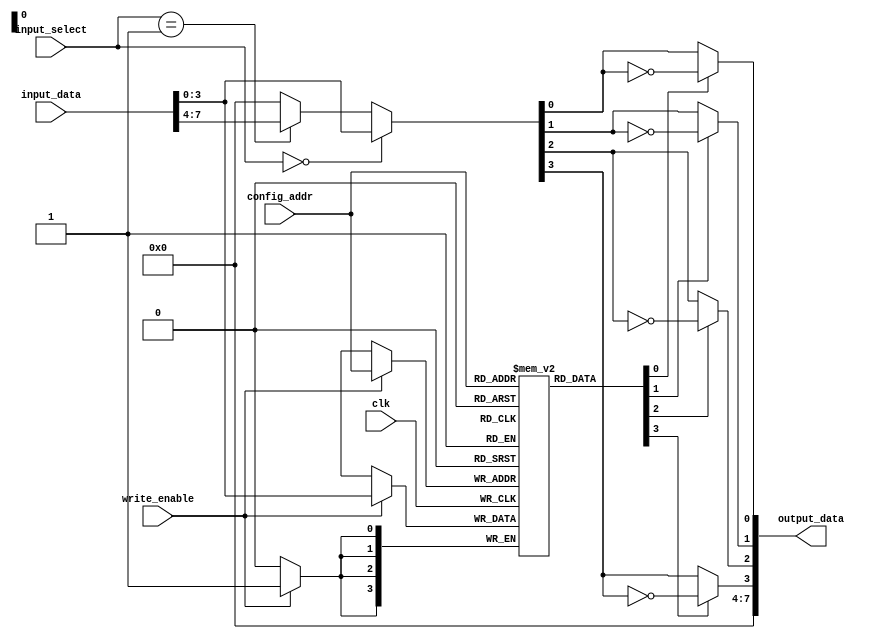
module combinational_logic_block (
    input wire clk,                   // Clock for control logic
    input wire [3:0] config_addr,    // Address to access the SRAM configuration
    input wire write_enable,          // Control signal for writing to SRAM
    input wire [3:0] input_select,    // Select various inputs
    input wire [7:0] input_data,      // Input data
    output wire [7:0] output_data     // Output data
);

    // Parameters for SRAM configuration
    parameter NUM_CONFIGS = 16;      // Number of configurations
    parameter NUM_INPUTS = 4;         // Number of inputs for mux selection

    // SRAM cell array
    reg [NUM_INPUTS-1:0] sram [0:NUM_CONFIGS-1];

    // Logic function outputs
    wire [NUM_INPUTS-1:0] logic_out;

    // Input MUX
    wire [NUM_INPUTS-1:0] selected_inputs;
    assign selected_inputs = (input_select == 2'b00) ? input_data[3:0] :
                              (input_select == 2'b01) ? input_data[7:4] :
                              4'b0000; // Default case

    // Logic function units: Example implementations
    generate
        genvar i;
        for (i = 0; i < NUM_INPUTS; i = i + 1) begin : logic_units
            assign logic_out[i] = (sram[config_addr][i]) ? (~selected_inputs[i]) : selected_inputs[i]; // NOT operation as an example
        end
    endgenerate
    
    // Output MUX
    wire [7:0] final_output;
    assign final_output = logic_out;  // Example connection here, may require further processing

    // Control Logic for SRAM
    always @(posedge clk) begin
        if (write_enable) begin
            sram[config_addr] <= input_data[NUM_INPUTS-1:0];
        end
    end

    // Final output assignment
    assign output_data = final_output; 

endmodule